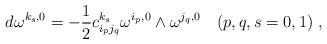
LaTeX: \begin{align*}d\omega^{k_{ s}, 0}= -\frac{1}{2} c_{i_{ p}j_{ q}}^{k_{ s}}\omega^{i_{ p}, 0} \wedge \omega^{j_{ q}, 0} \quad (p,q,s=0,1) \;,\end{align*}